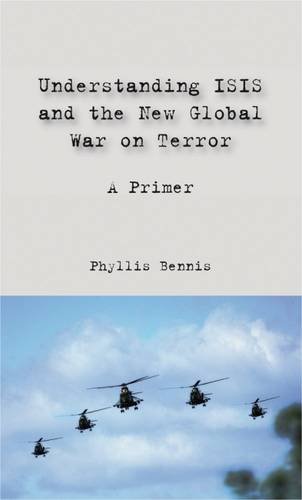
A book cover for Understanding ISIS and the New Global War on Terror: A Primer; Phyllis Bennis; History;